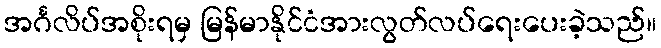
အင်္ဂလိပ်အစိုးရမှ မြန်မာနိုင်ငံအားလွတ်လပ်ရေးပေးခဲ့သည်။